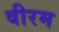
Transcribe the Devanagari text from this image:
वीरम